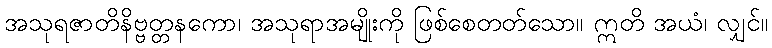
အသုရဇာတိနိဗ္ဗတ္တနကော၊ အသုရာအမျိုးကို ဖြစ်စေတတ်သော။ ဣတိ အယံ၊ လျှင်။